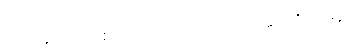
သင်ယူ၍။ အာစရိယဿ၊ ဆရာအား။ အာစရိယဓနံ၊